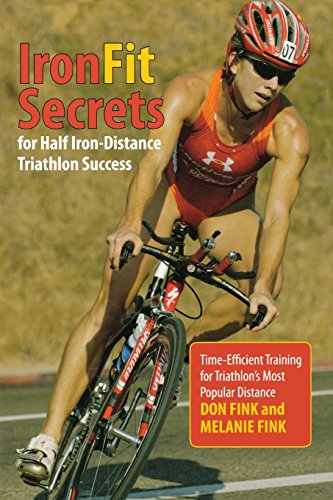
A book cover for IronFit Secrets for Half Iron-Distance Triathlon Success: Time-Efficient Training For Triathlon's Most Popular Distance; Don Fink; Health, Fitness & Dieting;